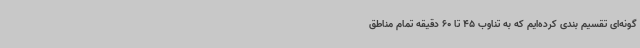
گونه‌ای تقسیم بندی کرده‌ایم که به تناوب 45 تا 60 دقیقه تمام مناطق